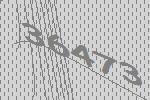
36473